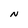
Character: N